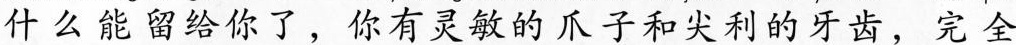
什么能留给你了，你有灵敏的爪子和尖利的牙齿，完全